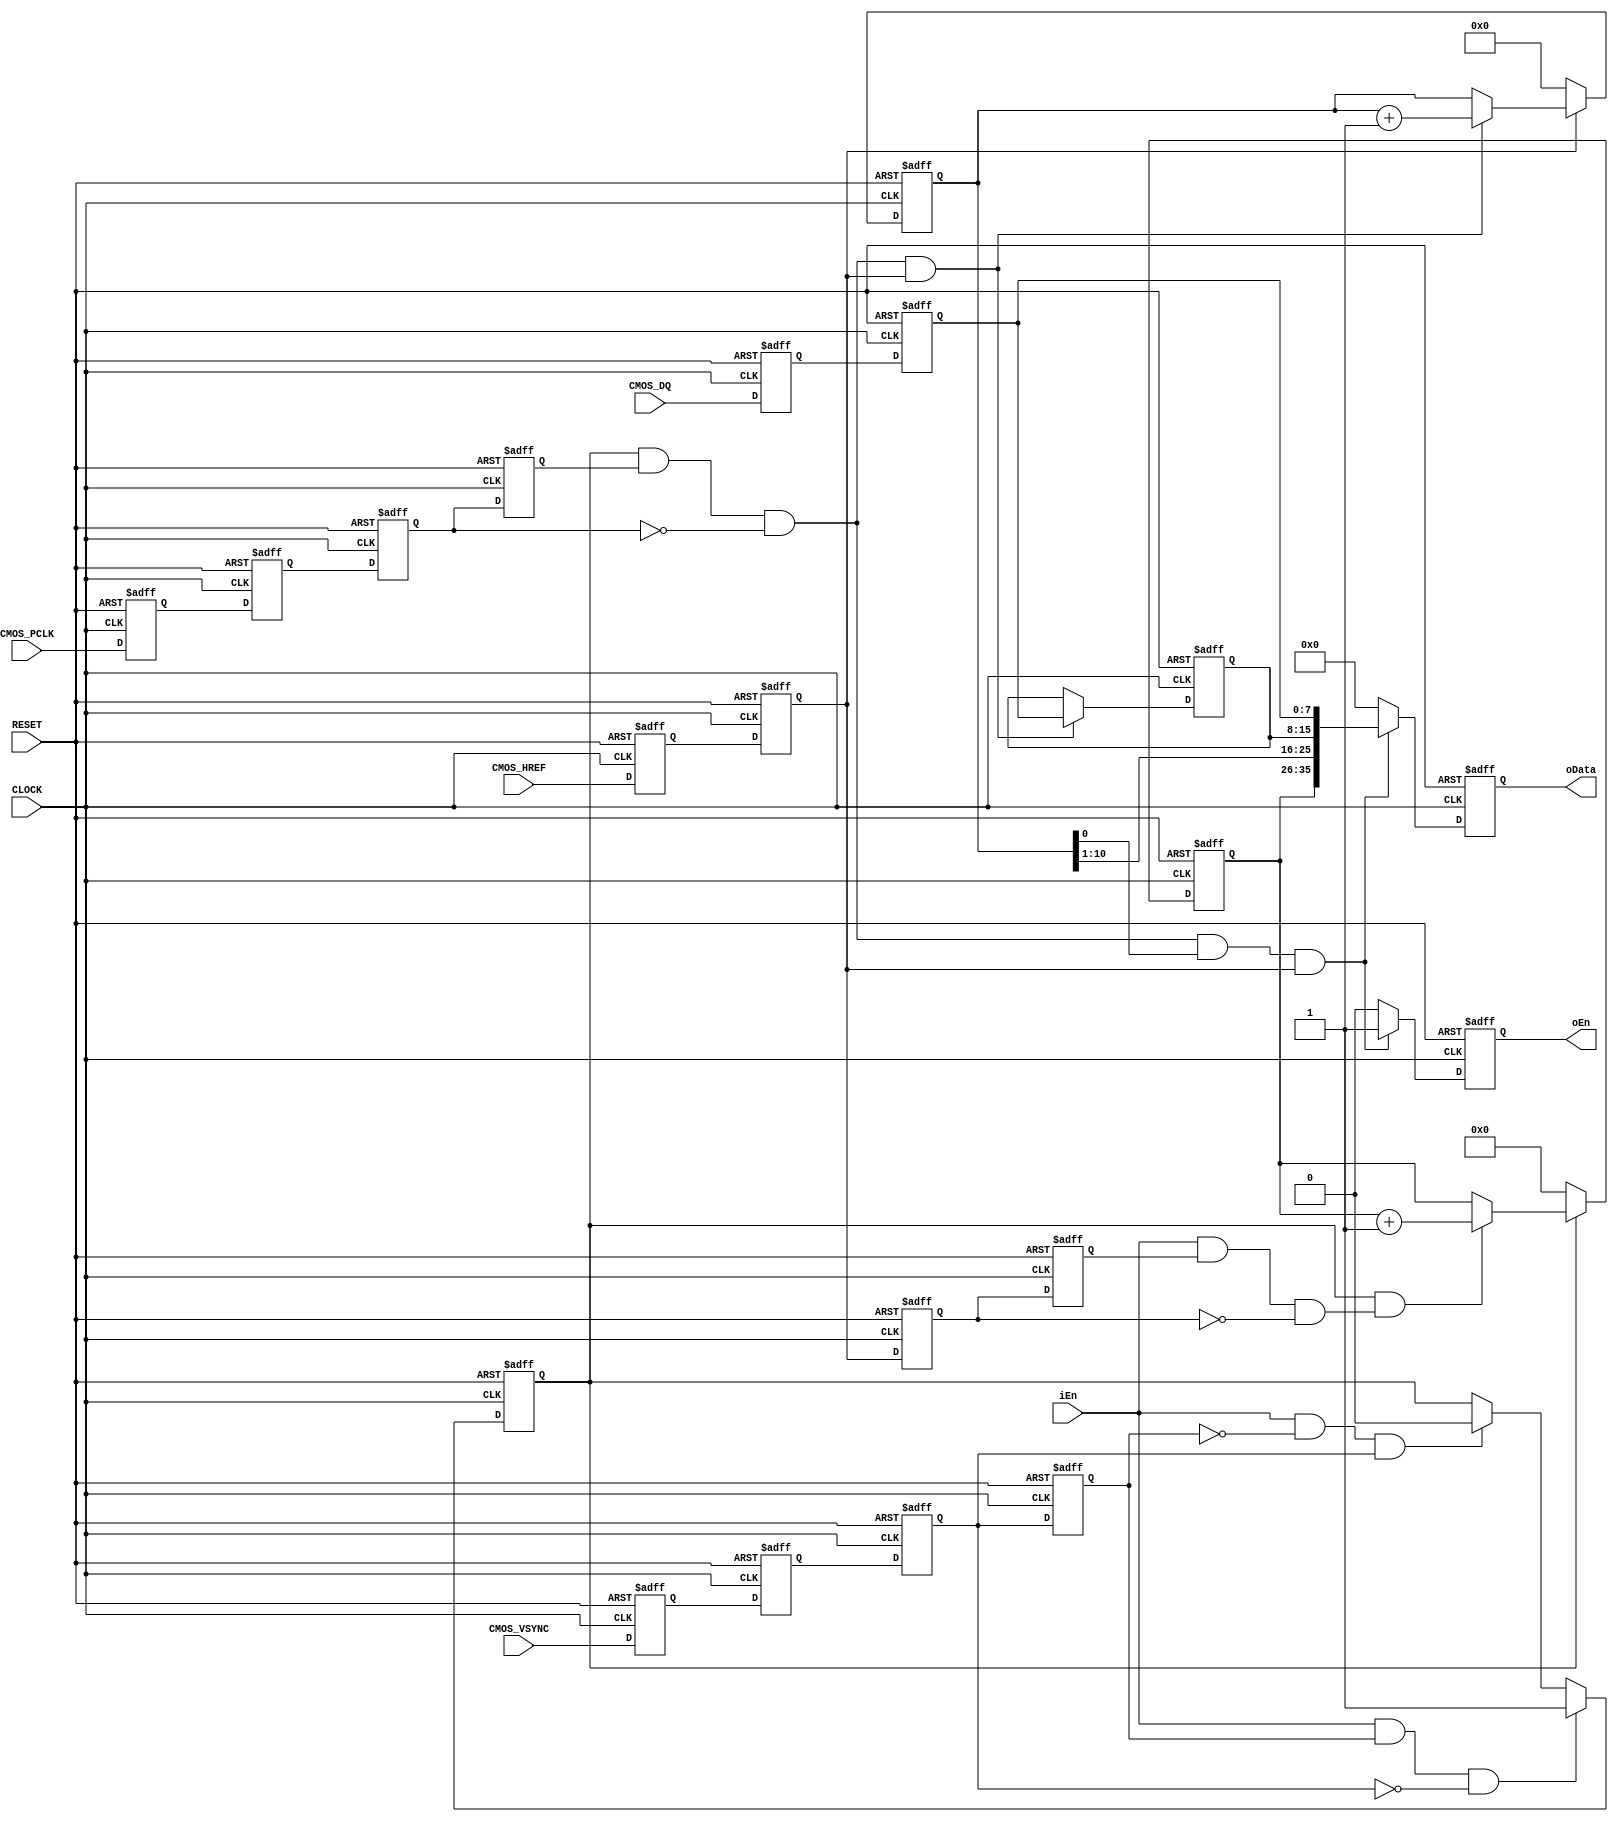
module camera_funcmod
(
    input CLOCK, RESET,
	 input CMOS_PCLK,
	 input CMOS_HREF,
	 input CMOS_VSYNC,
	 input [7:0]CMOS_DQ,
	 
	 input iEn,
	 output oEn,
	 output [35:0]oData
); 
	 reg  F2_PCLK,F1_PCLK,B2_PCLK,B1_PCLK;
	 reg  F2_VS,F1_VS,B2_VS,B1_VS;
	 reg  F2_HREF,F1_HREF,B2_HREF,B1_HREF;
	 reg  [7:0]B2_DQ, B1_DQ;
	 
	 always @ ( posedge CLOCK or negedge RESET )
	     if( !RESET )
		      begin
			       { F2_PCLK,F1_PCLK,B2_PCLK,B1_PCLK } <= 4'b0000;
					 { F2_VS,F1_VS,B2_VS,B1_VS } <= 4'b0000;
					 { F2_HREF,F1_HREF,B2_HREF,B1_HREF } <= 4'b0000;
					 { B2_DQ,B1_DQ } <= 16'd0;
				end
		  else 
		      begin
		          { F2_PCLK,F1_PCLK,B2_PCLK,B1_PCLK } <= { F1_PCLK,B2_PCLK,B1_PCLK,CMOS_PCLK };
					 { F2_VS,F1_VS,B2_VS,B1_VS } <= { F1_VS, B2_VS,B1_VS, CMOS_VSYNC };
					 { F2_HREF,F1_HREF,B2_HREF,B1_HREF } <= { F1_HREF, B2_HREF,B1_HREF, CMOS_HREF };
					 { B2_DQ,B1_DQ } <= {B1_DQ,CMOS_DQ} ;
				end
				
	 wire isH2L_VS = iEn && (F2_VS == 1) && (F1_VS == 0);
	 wire isL2H_VS = iEn && (F2_VS == 0) && (F1_VS == 1);
	 reg isFrame;
	 
	 always @ ( posedge CLOCK or negedge RESET )
	     if( !RESET )
		      isFrame <= 1'b0;
		  else if( isH2L_VS )
		      isFrame <= 1'b1; 
		  else if( isL2H_VS )		
		      isFrame <= 1'b0;
					
    wire isH2L_PCLK = isFrame && (F2_PCLK == 1) && (F1_PCLK == 0);
    reg [11:0]CH;
	 
    always @ ( posedge CLOCK or negedge RESET )
	     if( !RESET )
		      CH <= 12'd0;
			else if( !B2_HREF )
		      CH <= 12'd0;	
		  else if( isH2L_PCLK && B2_HREF )
		      CH <= CH + 1'b1;

	 wire isH2L_HREF = iEn && (F2_HREF == 1) && (F1_HREF == 0);
	 reg [9:0]CV;
	 
    always @ ( posedge CLOCK or negedge RESET )
	     if( !RESET )
		      CV <= 10'd0;
		  else if( !isFrame )
		      CV <= 10'd0;
		  else if( isFrame && isH2L_HREF )
		      CV <= CV + 1'b1;

	 reg [7:0]D1; // LSB;
	 
	 always @ ( posedge CLOCK or negedge RESET )
	     if( !RESET )
				D1 <= 8'd0;
		  else if( isH2L_PCLK && B2_HREF ) 
		      D1 <= B2_DQ;  // LSB
	 
	 wire [9:0]CY = CV;
	 wire [9:0]CX = CH >>1;
	 reg [35:0]D2;  //  [35:26]X [25:16]Y [15:0]Color Data
	 reg isEn;
	 
	 always @ ( posedge CLOCK or negedge RESET )
	     if( !RESET )
		      begin
		          D2 <= 36'd0;
					 isEn <= 1'b0;
				end
		  else if( isH2L_PCLK && CH[0] && B2_HREF )
		      begin
				    isEn <= 1'b1;
					 D2 <= { CY,CX,D1, B2_DQ };
				end
		  else 
		     	begin
				    isEn <= 1'b0;
					 D2 <= 16'd0;
				end
				
    assign oEn = isEn;
	 assign oData = D2;
				
endmodule